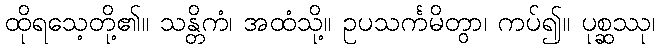
ထိုရသေ့တို့၏။ သန္တိကံ၊ အထံသို့။ ဥပသင်္ကမိတွာ၊ ကပ်၍။ ပုစ္ဆဿု၊